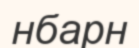
нбарн